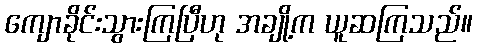
ကျောခိုင်းသွားကြပြီဟု အချို့က ယူဆကြသည်။